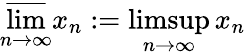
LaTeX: \varlimsup_{n\to\infty}x_{n}:=\operatorname*{limsup}_{n\to\infty}x_{n}